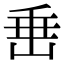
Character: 𡸁